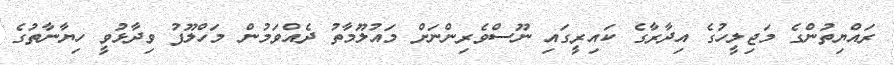
ރައްޔިތުންގެ މަޖިލީހުގެ އިދާރާގެ ކައިރީގައި ނޫސްވެރިންނަށް މައުލޫމާތު ދެއްވަމުން މަހްލޫފު ވިދާޅުވީ ހިޔާނާތުގެ